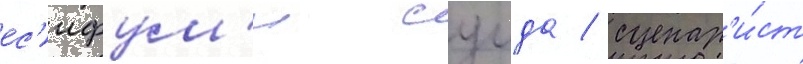
ес'ифум'и суида / сценар'и́ст